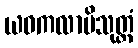
ယဝကလာပိသုတ္တံ